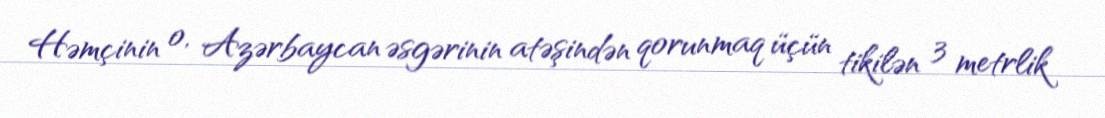
Həmçinin o, Azərbaycan əsgərinin atəşindən qorunmaq üçün tikilən 3 metrlik